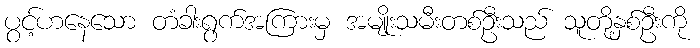
ပွင့်ဟနေသော တံခါးရွက်အကြားမှ အမျိုးသမီးတစ်ဦးသည် သူတို့နှစ်ဦးကို